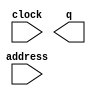
// megafunction wizard: %ROM: 1-PORT%VBB%
// GENERATION: STANDARD
// VERSION: WM1.0
// MODULE: altsyncram 

// ============================================================
// Megafunction Name(s):
// 			altsyncram
//
// Simulation Library Files(s):
// 			altera_mf
// ============================================================
// ************************************************************
// THIS IS A WIZARD-GENERATED FILE. DO NOT EDIT THIS FILE!
//
// 18.1.0 Build 625 09/12/2018 SJ Lite Edition
// ************************************************************

//Copyright (C) 2018  Intel Corporation. All rights reserved.
//Your use of Intel Corporation's design tools, logic functions 
//and other software and tools, and its AMPP partner logic 
//functions, and any output files from any of the foregoing 
//(including device programming or simulation files), and any 
//associated documentation or information are expressly subject 
//to the terms and conditions of the Intel Program License 
//Subscription Agreement, the Intel Quartus Prime License Agreement,
//the Intel FPGA IP License Agreement, or other applicable license
//agreement, including, without limitation, that your use is for
//the sole purpose of programming logic devices manufactured by
//Intel and sold by Intel or its authorized distributors.  Please
//refer to the applicable agreement for further details.

module audio_rom (
	address,
	clock,
	q);

	input	[15:0]  address;
	input	  clock;
	output	[15:0]  q;
`ifndef ALTERA_RESERVED_QIS
// synopsys translate_off
`endif
	tri1	  clock;
`ifndef ALTERA_RESERVED_QIS
// synopsys translate_on
`endif

endmodule

// ============================================================
// CNX file retrieval info
// ============================================================
// Retrieval info: PRIVATE: ADDRESSSTALL_A NUMERIC "0"
// Retrieval info: PRIVATE: AclrAddr NUMERIC "0"
// Retrieval info: PRIVATE: AclrByte NUMERIC "0"
// Retrieval info: PRIVATE: AclrOutput NUMERIC "0"
// Retrieval info: PRIVATE: BYTE_ENABLE NUMERIC "0"
// Retrieval info: PRIVATE: BYTE_SIZE NUMERIC "8"
// Retrieval info: PRIVATE: BlankMemory NUMERIC "0"
// Retrieval info: PRIVATE: CLOCK_ENABLE_INPUT_A NUMERIC "0"
// Retrieval info: PRIVATE: CLOCK_ENABLE_OUTPUT_A NUMERIC "0"
// Retrieval info: PRIVATE: Clken NUMERIC "0"
// Retrieval info: PRIVATE: IMPLEMENT_IN_LES NUMERIC "0"
// Retrieval info: PRIVATE: INIT_FILE_LAYOUT STRING "PORT_A"
// Retrieval info: PRIVATE: INIT_TO_SIM_X NUMERIC "0"
// Retrieval info: PRIVATE: INTENDED_DEVICE_FAMILY STRING "Cyclone V"
// Retrieval info: PRIVATE: JTAG_ENABLED NUMERIC "0"
// Retrieval info: PRIVATE: JTAG_ID STRING "NONE"
// Retrieval info: PRIVATE: MAXIMUM_DEPTH NUMERIC "0"
// Retrieval info: PRIVATE: MIFfilename STRING "../../../MATLAB/ELEC 391/Mono_16bit_10kHz_Uncom_10sec_Chirp.mif"
// Retrieval info: PRIVATE: NUMWORDS_A NUMERIC "65536"
// Retrieval info: PRIVATE: RAM_BLOCK_TYPE NUMERIC "2"
// Retrieval info: PRIVATE: RegAddr NUMERIC "1"
// Retrieval info: PRIVATE: RegOutput NUMERIC "0"
// Retrieval info: PRIVATE: SYNTH_WRAPPER_GEN_POSTFIX STRING "0"
// Retrieval info: PRIVATE: SingleClock NUMERIC "1"
// Retrieval info: PRIVATE: UseDQRAM NUMERIC "0"
// Retrieval info: PRIVATE: WidthAddr NUMERIC "16"
// Retrieval info: PRIVATE: WidthData NUMERIC "16"
// Retrieval info: PRIVATE: rden NUMERIC "0"
// Retrieval info: LIBRARY: altera_mf altera_mf.altera_mf_components.all
// Retrieval info: CONSTANT: ADDRESS_ACLR_A STRING "NONE"
// Retrieval info: CONSTANT: CLOCK_ENABLE_INPUT_A STRING "BYPASS"
// Retrieval info: CONSTANT: CLOCK_ENABLE_OUTPUT_A STRING "BYPASS"
// Retrieval info: CONSTANT: INIT_FILE STRING "../../../MATLAB/ELEC 391/Mono_16bit_10kHz_Uncom_10sec_Chirp.mif"
// Retrieval info: CONSTANT: INTENDED_DEVICE_FAMILY STRING "Cyclone V"
// Retrieval info: CONSTANT: LPM_HINT STRING "ENABLE_RUNTIME_MOD=NO"
// Retrieval info: CONSTANT: LPM_TYPE STRING "altsyncram"
// Retrieval info: CONSTANT: NUMWORDS_A NUMERIC "65536"
// Retrieval info: CONSTANT: OPERATION_MODE STRING "ROM"
// Retrieval info: CONSTANT: OUTDATA_ACLR_A STRING "NONE"
// Retrieval info: CONSTANT: OUTDATA_REG_A STRING "UNREGISTERED"
// Retrieval info: CONSTANT: RAM_BLOCK_TYPE STRING "M10K"
// Retrieval info: CONSTANT: WIDTHAD_A NUMERIC "16"
// Retrieval info: CONSTANT: WIDTH_A NUMERIC "16"
// Retrieval info: CONSTANT: WIDTH_BYTEENA_A NUMERIC "1"
// Retrieval info: USED_PORT: address 0 0 16 0 INPUT NODEFVAL "address[15..0]"
// Retrieval info: USED_PORT: clock 0 0 0 0 INPUT VCC "clock"
// Retrieval info: USED_PORT: q 0 0 16 0 OUTPUT NODEFVAL "q[15..0]"
// Retrieval info: CONNECT: @address_a 0 0 16 0 address 0 0 16 0
// Retrieval info: CONNECT: @clock0 0 0 0 0 clock 0 0 0 0
// Retrieval info: CONNECT: q 0 0 16 0 @q_a 0 0 16 0
// Retrieval info: GEN_FILE: TYPE_NORMAL audio_rom.v TRUE
// Retrieval info: GEN_FILE: TYPE_NORMAL audio_rom.inc FALSE
// Retrieval info: GEN_FILE: TYPE_NORMAL audio_rom.cmp FALSE
// Retrieval info: GEN_FILE: TYPE_NORMAL audio_rom.bsf TRUE
// Retrieval info: GEN_FILE: TYPE_NORMAL audio_rom_inst.v FALSE
// Retrieval info: GEN_FILE: TYPE_NORMAL audio_rom_bb.v TRUE
// Retrieval info: LIB_FILE: altera_mf